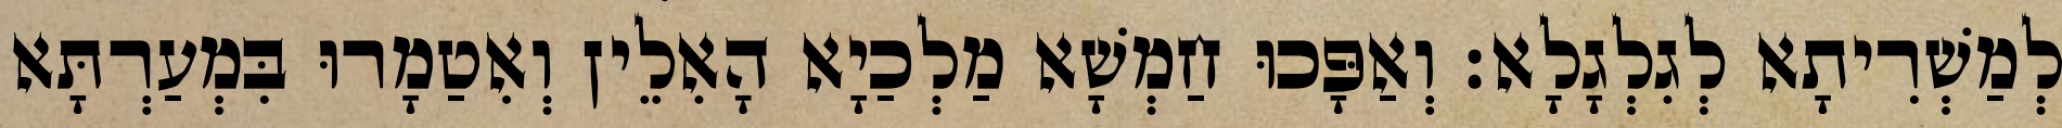
לְמַשְׁרִיתָא לְגִלְגָלָא׃ וְאַפָּכוּ חַמְשָׁא מַלְכַיָא הָאִלֵין וְאִטַמָרוּ בִּמְעַרְתָּא